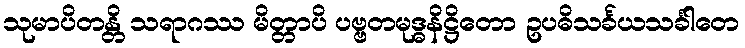
သုမာပိတန္တိ သရာဂဿ မိတ္တာပိ ပဗ္ဗတမုဒ္ဓနိဋ္ဌိတော ဥပဓိသင်္ခယသင်္ခါတေ